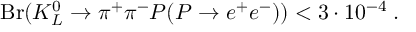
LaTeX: \mathrm { B r } ( K _ { L } ^ { 0 } \to \pi ^ { + } \pi ^ { - } P ( P \to e ^ { + } e ^ { - } ) ) < 3 \cdot 1 0 ^ { - 4 } \; . \nonumber